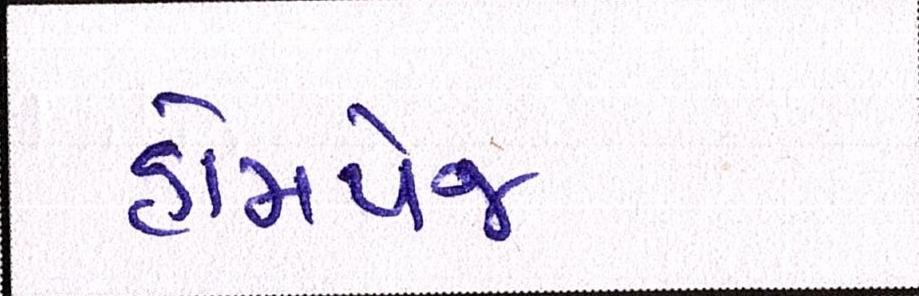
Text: હોમપેજ